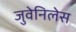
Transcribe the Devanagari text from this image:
जुवेनिलेस